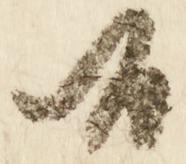
候